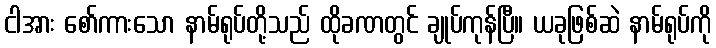
ငါအား စော်ကားသော နာမ်ရုပ်တို့သည် ထိုခဏတွင် ချုပ်ကုန်ပြီ။ ယခုဖြစ်ဆဲ နာမ်ရုပ်ကို